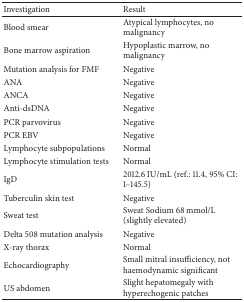
<table><thead><tr><td><b>Investigation</b></td><td><b>Result</b></td></tr></thead><tbody><tr><td>Blood smear</td><td>Atypical lymphocytes, no malignancy</td></tr><tr><td>Bone marrow aspiration</td><td>Hypoplastic marrow, no malignancy</td></tr><tr><td>Mutation analysis for FMF</td><td>Negative</td></tr><tr><td>ANA</td><td>Negative</td></tr><tr><td>ANCA</td><td>Negative</td></tr><tr><td>Anti-dsDNA</td><td>Negative</td></tr><tr><td>PCR parvovirus</td><td>Negative</td></tr><tr><td>PCR EBV</td><td>Negative</td></tr><tr><td>Lymphocyte subpopulations</td><td>Normal</td></tr><tr><td>Lymphocyte stimulation tests</td><td>Normal</td></tr><tr><td>IgD</td><td>2012.6 IU/mL (ref.: 11.4, 95% CI: 1–145.5)</td></tr><tr><td>Tuberculin skin test</td><td>Negative</td></tr><tr><td>Sweat test</td><td>Sweat Sodium 68 mmol/L (slightly elevated)</td></tr><tr><td>Delta 508 mutation analysis</td><td>Negative</td></tr><tr><td>X-ray thorax</td><td>Normal</td></tr><tr><td>Echocardiography</td><td>Small mitral insufficiency, not haemodynamic significant</td></tr><tr><td>US abdomen</td><td>Slight hepatomegaly with hyperechogenic patches</td></tr></tbody></table>